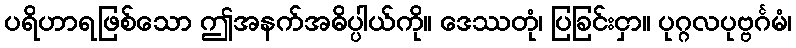
ပရိဟာရဖြစ်သော ဤအနက်အဓိပ္ပါယ်ကို။ ဒေဿတုံ၊ ပြခြင်းငှာ။ ပုဂ္ဂလပုဗ္ဗင်္ဂမံ၊